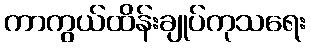
ကာကွယ်ထိန်းချုပ်ကုသရေး